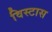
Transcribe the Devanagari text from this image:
विस्टास